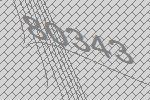
80343